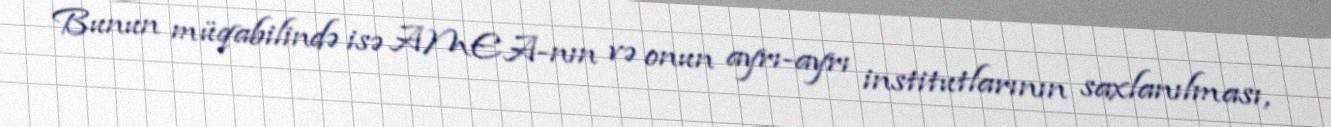
Bunun müqabilində isə AMEA-nın və onun ayrı-ayrı institutlarının saxlanılması,